Studies on the mouth parts a Comparative anatomy of the proboscis in the blood-sucking muscidae - Number 60
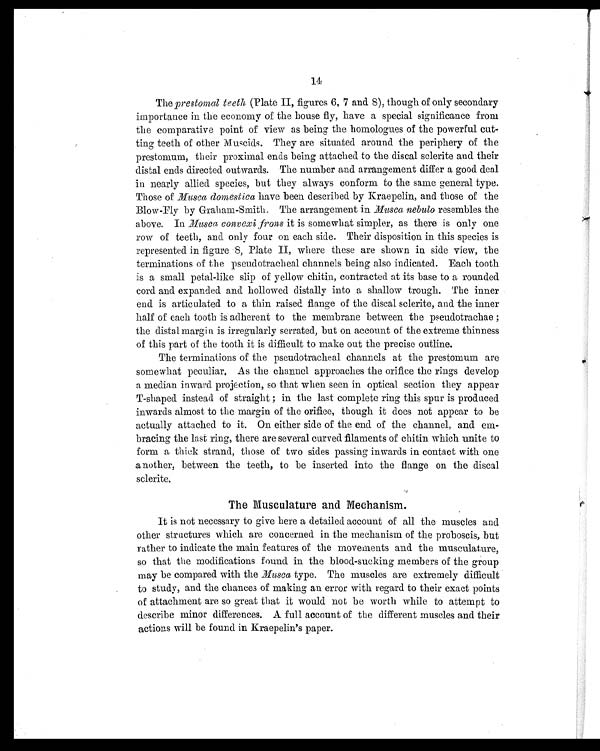
14
The prestomal teeth (Plate II, figures 6, 7 and 8), though of only secondary
importance in the economy of the house fly, have a special significance front
the comparative point of view as being the homologues of the powerful cut-
ting teeth of other Muscids. They are situated around the periphery of the
prestomum, their proximal ends being attached to the discal sclerite and their
distal ends directed outwards. The number and arrangement differ a good deal
in nearly allied species, but they always conform to the same general type.
Those of Musca domestica have been described by Kraepelin, and those of the
Blow-Fly by Graham-Smith. The arrangement in Musca nebulo resembles the
above. In Musca convexi frons it is somewhat simpler, as there is only one
row of teeth, and only four on each side. Their disposition in this species is
represented in figure 8, Plate II, where these are shown in side view, the
terminations of the pseudotracheal channels being also indicated. Each tooth
is a small petal-like slip of yellow chitin, contracted at its base to a rounded
cord and expanded and hollowed distally into a shallow trough. The inner
end is articulated to a thin raised flange of the discal sclerite, and the inner
half of each tooth is adherent to the membrane between the pseudotrachae ;
the distal margin is irregularly serrated, but on account of the extreme thinness
of this part of the tooth it is difficult to make out the precise outline.
The terminations of the pseudotracheal channels at the prestomum are
somewhat peculiar. As the channel approaches the orifice the rings develop
a median inward projection, so that when seen in optical section they appear
T-shaped instead of straight ; in the last complete ring this spur is produced
inwards almost to the margin of the orifice, though it does not appear to be
actually attached to it. On either side of the end of the channel, and em-
bracing the last ring, there are several curved filaments of chitin which unite to
form a thick strand, those of two sides passing inwards in contact with one
another, between the teeth, to be inserted into the flange on the discal
sclerite.
The Musculature and Mechanism.
It is not necessary to give here a detailed account of all the muscles and
other structures which are concerned in the mechanism of the proboscis, but
rather to indicate the main features of the movements and the musculature,
so that the modifications found in the blood-sucking members of the group
may be compared with the Musca type. The muscles are extremely difficult
to study, and the chances of making an error with regard to their exact points
of attachment are so great that it would not be worth while to attempt to
describe minor differences. A full account of the different muscles and their
actions will be found in Kraepelin's paper.